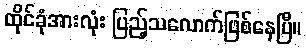
ထိုင်ခုံအားလုံး ပြည့်သလောက်ဖြစ်နေပြီ။